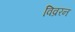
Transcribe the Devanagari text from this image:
विव्ररन